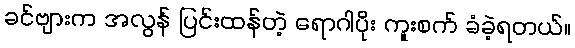
ခင်ဗျားက အလွန် ပြင်းထန်တဲ့ ရောဂါပိုး ကူးစက် ခံခဲ့ရတယ်။